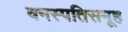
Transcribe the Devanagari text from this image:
वनस्पतिसमूह